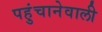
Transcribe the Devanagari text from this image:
पहुंचानेवाली